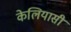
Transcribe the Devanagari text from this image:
केलियासी